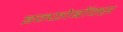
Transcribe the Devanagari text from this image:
इन्फोबॉक्स